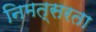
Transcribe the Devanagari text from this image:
निमत्सरता